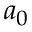
a _ { 0 }